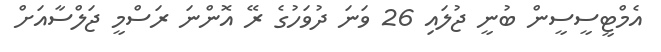
އެމްޓީސީސީން ބުނީ ޖުލައި 26 ވަނަ ދުވަހުގެ ރޭ އޮންނަ ރަސްމީ ޖަލްސާއަށް